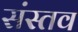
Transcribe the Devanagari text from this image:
संस्तव